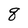
Character: q